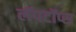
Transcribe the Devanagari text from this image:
लॅपटॉप्स